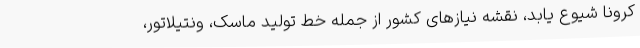
کرونا شیوع یابد، نقشه‌ نیازهای کشور از جمله خط تولید ماسک، ونتیلاتور،